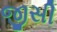
જીસી